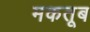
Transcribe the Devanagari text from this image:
मकतूब